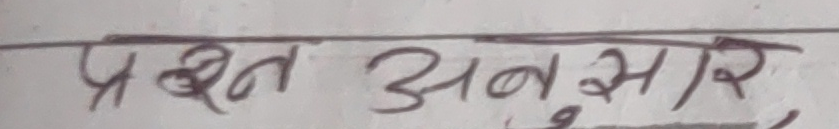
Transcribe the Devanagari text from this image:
प्रश्न अनुसार